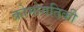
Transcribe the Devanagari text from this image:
क्रोमोगतिकी